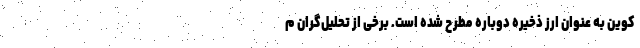
کوین به عنوان ارز ذخیره دوباره مطرح شده است. برخی از تحلیل‌گران م